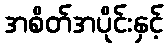
အစိတ်အပိုင်းနှင့်